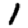
Digit: 1